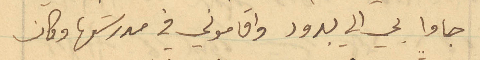
جاوا بي الى يبرود واقاموني في مدرستها وكان